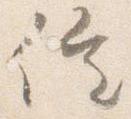
催